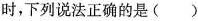
时，下列说法正确的是()